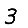
Digit: 3